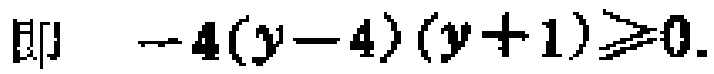
即 \(-4(y - 4)(y + 1) \geqslant 0\)